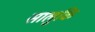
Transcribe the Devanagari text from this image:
सालुकि